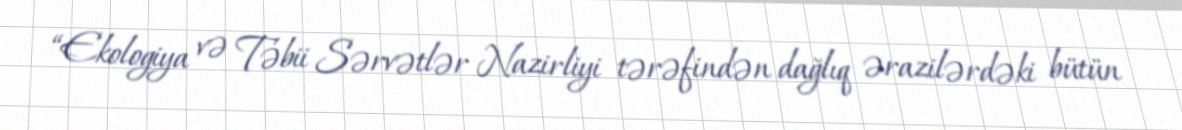
“Ekologiya və Təbii Sərvətlər Nazirliyi tərəfindən dağlıq ərazilərdəki bütün